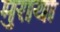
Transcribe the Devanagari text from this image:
मुराया